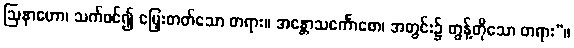
ဩနာဟော၊ သက်ဝင်၍ မြှေးတတ်သော တရား။ အန္တောသင်္ကောစော၊ အတွင်း၌ တွန့်တိုသော တရား”။